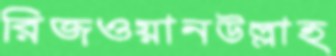
রিজওয়ানউল্লাহ